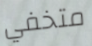
متخفي